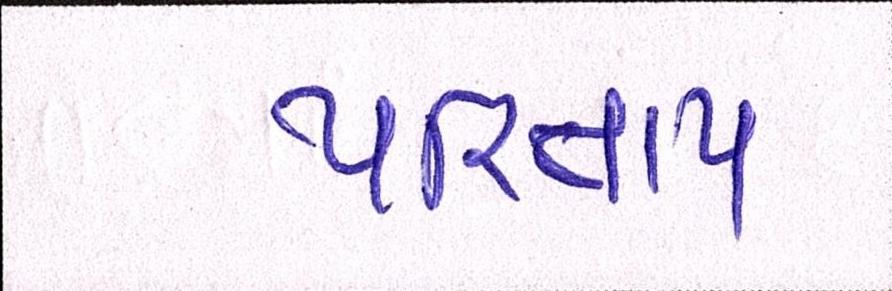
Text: પરિતાપ